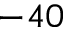
- 4 0